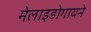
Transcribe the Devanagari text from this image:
मेलाइडोगायने